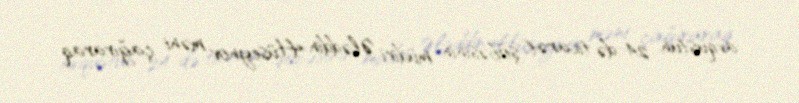
avqustun 24-də ticarət şöbəsinin müdiri Ələddin Hüseynov məni çağıraraq